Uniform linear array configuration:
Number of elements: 4
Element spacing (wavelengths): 0.5
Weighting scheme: hamming
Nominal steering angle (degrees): -30
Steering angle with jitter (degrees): -29.837
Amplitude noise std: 0.05
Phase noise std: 0.05

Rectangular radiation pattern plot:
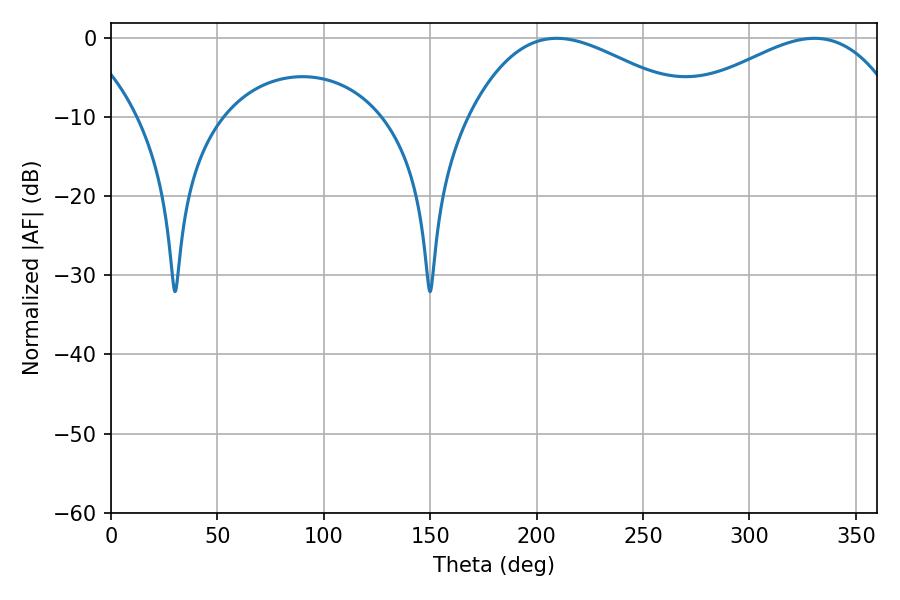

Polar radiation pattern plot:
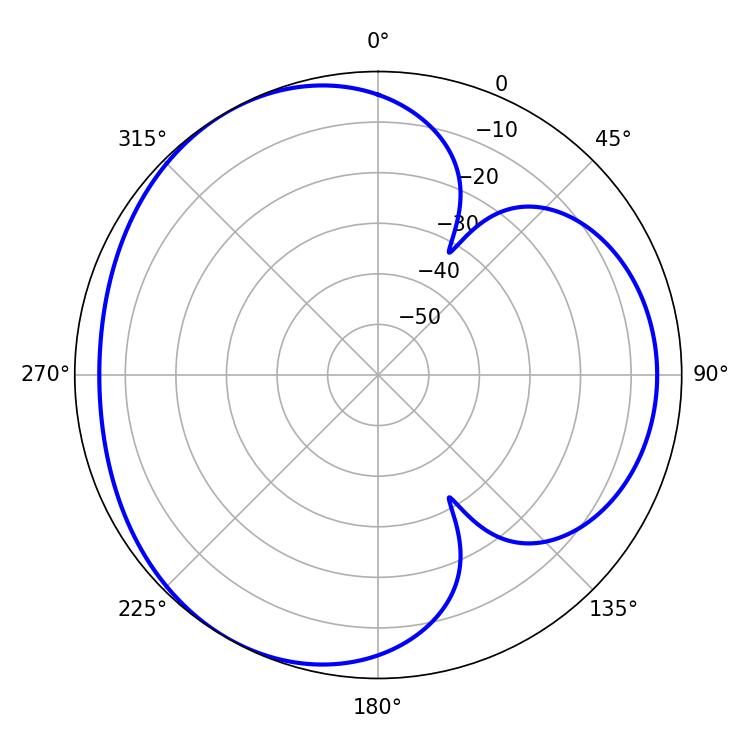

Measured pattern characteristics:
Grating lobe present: FALSE
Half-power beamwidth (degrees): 57.96
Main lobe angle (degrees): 209.52